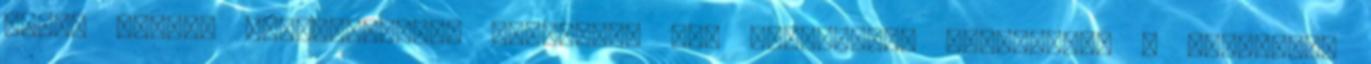
mikor csapos hozzászólását olvastam, egy pillanatra megfordult a fejemben,